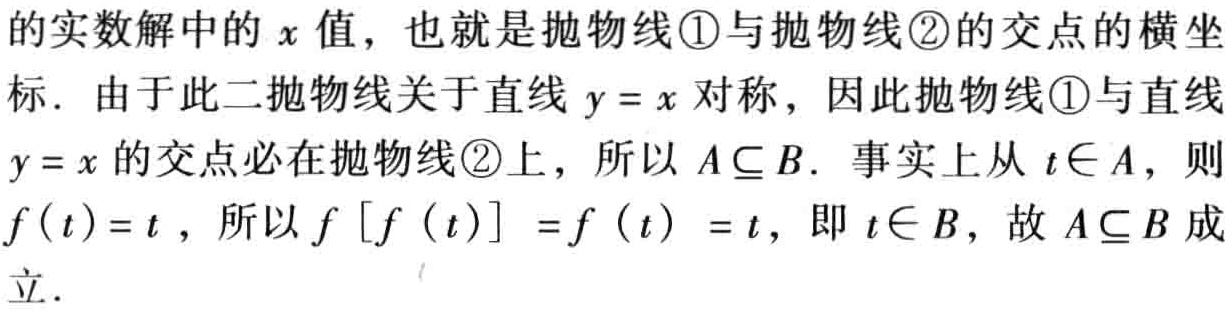
的实数解中的\(x\)值，也就是抛物线\textcircled{1}与抛物线\textcircled{2}的交点的横坐标．由于此二抛物线关于直线\(y = x\)对称，因此抛物线\textcircled{1}与直线\(y = x\)的交点必在抛物线\textcircled{2}上，所以\(A\subseteq B\)．事实上从\(t\in A\)，则\(f(t)=t\)，所以\(f\left[f(t)\right]=f(t)=t\)，即\(t\in B\)，故\(A\subseteq B\)成立．